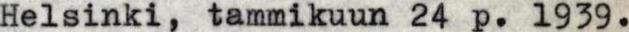
Helsinki, tammikuun 24 p. 1939.